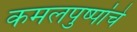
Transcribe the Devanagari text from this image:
कमलपुष्पांचे